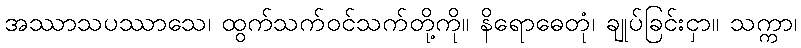
အဿာသပဿာသေ၊ ထွက်သက်ဝင်သက်တို့ကို။ နိရောဓေတုံ၊ ချုပ်ခြင်းငှာ။ သက္ကာ၊